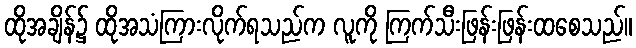
ထိုအချိန်၌ ထိုအသံကြားလိုက်ရသည်က လူကို ကြက်သီးဖြန်းဖြန်းထစေသည်။